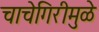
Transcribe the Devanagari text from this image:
चाचेगिरीमुळे